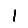
Digit: 1